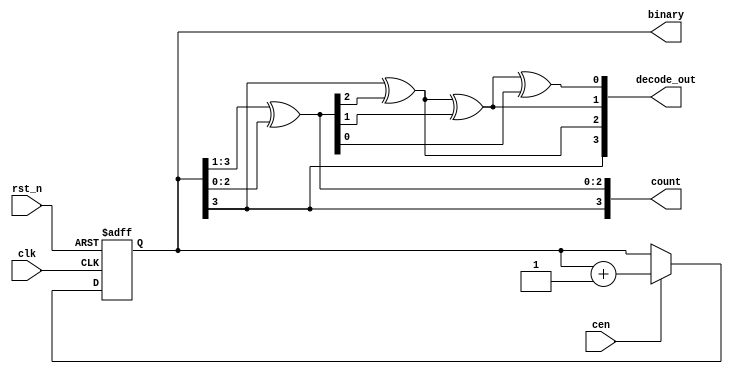
module cntr_gray #(parameter WIDTH = 4)(		// latimea registrului
input                     	clk,
input                     	rst_n,
input                     	cen,
output reg   [WIDTH-1:0]    binary,			// cod natural
output wire  [WIDTH-1:0]    count,          //  cod Gray
output wire  [WIDTH-1:0]    decode_out      

);

 always @(posedge clk or negedge rst_n) begin
        if(~rst_n)              begin binary <= 'd0; end                //resetarea valorii numaratoarei cand reset-ul este activ
        else if(cen == 1)       begin binary <= binary + 'd1; end 		//incrementarea valorii numaratoarei cand resetul este inactiv
                                    
  end

	assign count = {binary[WIDTH-1], binary[WIDTH-1:1] ^ binary[WIDTH-2:0]};
    assign decode_out[3]  = count[3];                     //LSB
    assign decode_out[2]  = count[3] ^ count[2];   		  // decodare byte 3
    assign decode_out[1]  = decode_out[2] ^ count[1];     // decodare byte 2
    assign decode_out[0]  = decode_out[1] ^ count[0];     // decodare byte 1

endmodule